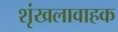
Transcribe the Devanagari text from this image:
शृंखलावाहक